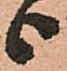
上